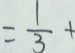
= \frac { 1 } { 3 } +